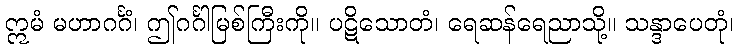
ဣမံ မဟာဂင်္ဂံ၊ ဤဂင်္ဂါမြစ်ကြီးကို။ ပဋိသောတံ၊ ရေဆန်ရေညာသို့။ သန္ဒာပေတုံ၊